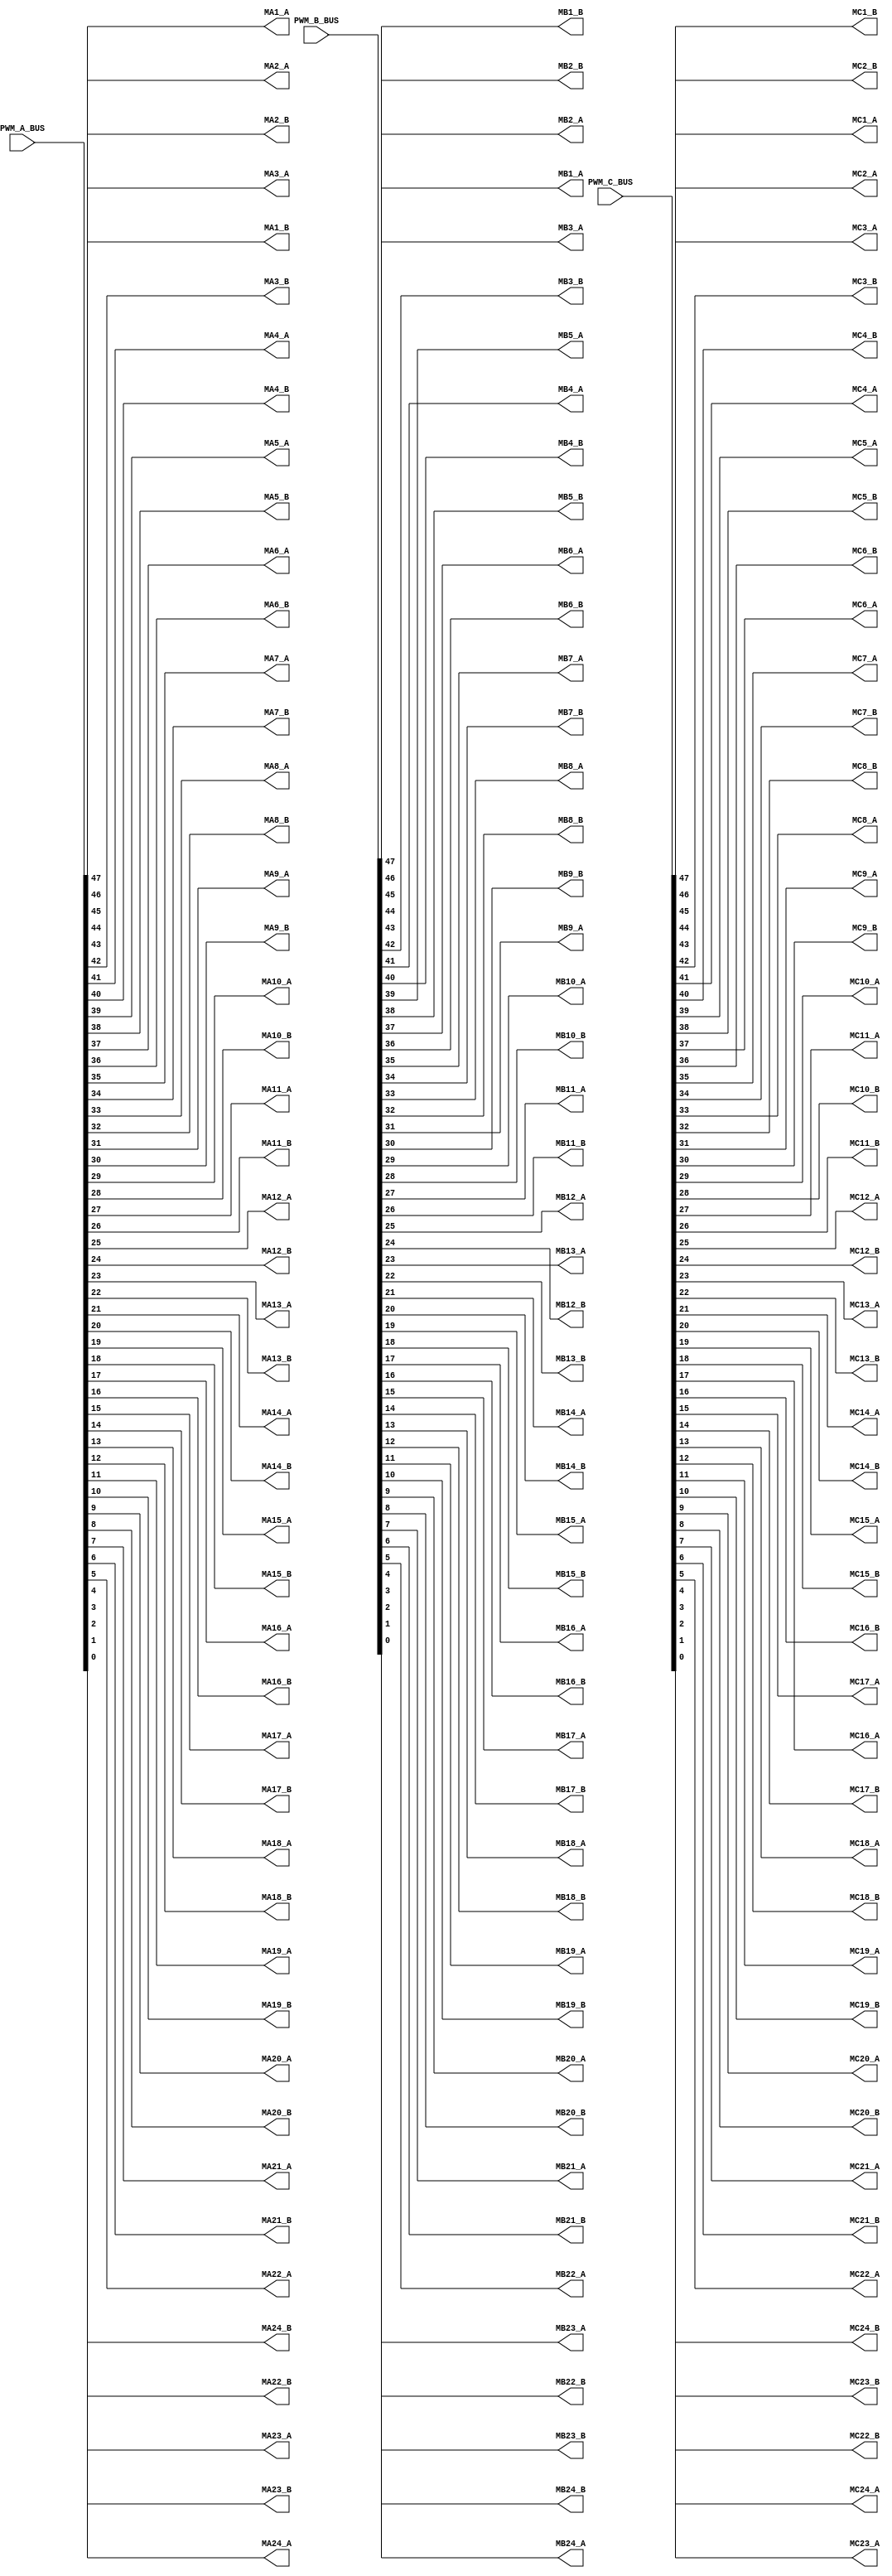
`timescale 1ns / 1ps
//////////////////////////////////////////////////////////////////////////////////
// Company: CEPRI
// 
// Design Name: 
// Module Name:    PWM_BUS_Conv 
// Project Name: 
// Target Devices: 
// Tool versions: 
// Description: 
//
// Dependencies: 
//
// Revision: 
// Revision 0.01 - File Created
// Additional Comments: 
//
//////////////////////////////////////////////////////////////////////////////////
module PWM_BUS_Conv(
                    input [47:0] PWM_A_BUS,PWM_B_BUS,PWM_C_BUS,
						  output       MA1_A,MA1_B,MA2_A,MA2_B,MA3_A,MA3_B,MA4_A,MA4_B,MA5_A,MA5_B,MA6_A,
											MA6_B,MA7_A,MA7_B,MA8_A,MA8_B,MA9_A,MA9_B,MA10_A,MA10_B,MA11_A,
											MA11_B,MA12_A,MA12_B,MA13_A,MA13_B,MA14_A,MA14_B,MA15_A,MA15_B,
											MA16_A,MA16_B,MA17_A,MA17_B,MA18_A,MA18_B,MA19_A,MA19_B,MA20_A,
											MA20_B,MA21_A,MA21_B,MA22_A,MA22_B,MA23_A,MA23_B,MA24_A,MA24_B,
											MB1_A,MB1_B,MB2_A,MB2_B,MB3_A,MB3_B,MB4_A,MB4_B,MB5_A,MB5_B,MB6_A,
											MB6_B,MB7_A,MB7_B,MB8_A,MB8_B,MB9_A,MB9_B,MB10_A,MB10_B,MB11_A,
											MB11_B,MB12_A,MB12_B,MB13_A,MB13_B,MB14_A,MB14_B,MB15_A,MB15_B,
											MB16_A,MB16_B,MB17_A,MB17_B,MB18_A,MB18_B,MB19_A,MB19_B,MB20_A,
											MB20_B,MB21_A,MB21_B,MB22_A,MB22_B,MB23_A,MB23_B,MB24_A,MB24_B,								
											MC1_A,MC1_B,MC2_A,MC2_B,MC3_A,MC3_B,MC4_A,MC4_B,MC5_A,MC5_B,MC6_A,
											MC6_B,MC7_A,MC7_B,MC8_A,MC8_B,MC9_A,MC9_B,MC10_A,MC10_B,MC11_A,
											MC11_B,MC12_A,MC12_B,MC13_A,MC13_B,MC14_A,MC14_B,MC15_A,MC15_B,
											MC16_A,MC16_B,MC17_A,MC17_B,MC18_A,MC18_B,MC19_A,MC19_B,MC20_A,
											MC20_B,MC21_A,MC21_B,MC22_A,MC22_B,MC23_A,MC23_B,MC24_A,MC24_B
    );

assign MA1_A  = PWM_A_BUS[47];
assign MA1_B  = PWM_A_BUS[46];
assign MA2_A  = PWM_A_BUS[45];
assign MA2_B  = PWM_A_BUS[44];
assign MA3_A  = PWM_A_BUS[43];
assign MA3_B  = PWM_A_BUS[42];
assign MA4_A  = PWM_A_BUS[41];
assign MA4_B  = PWM_A_BUS[40];
assign MA5_A  = PWM_A_BUS[39];
assign MA5_B  = PWM_A_BUS[38];
assign MA6_A  = PWM_A_BUS[37];
assign MA6_B  = PWM_A_BUS[36];
assign MA7_A  = PWM_A_BUS[35];
assign MA7_B  = PWM_A_BUS[34];
assign MA8_A  = PWM_A_BUS[33];
assign MA8_B  = PWM_A_BUS[32];
assign MA9_A  = PWM_A_BUS[31];
assign MA9_B  = PWM_A_BUS[30];
assign MA10_A  = PWM_A_BUS[29];
assign MA10_B  = PWM_A_BUS[28];
assign MA11_A  = PWM_A_BUS[27];
assign MA11_B  = PWM_A_BUS[26];
assign MA12_A  = PWM_A_BUS[25];
assign MA12_B  = PWM_A_BUS[24];
assign MA13_A  = PWM_A_BUS[23];
assign MA13_B  = PWM_A_BUS[22];
assign MA14_A  = PWM_A_BUS[21];
assign MA14_B  = PWM_A_BUS[20];
assign MA15_A  = PWM_A_BUS[19];
assign MA15_B  = PWM_A_BUS[18];
assign MA16_A  = PWM_A_BUS[17];
assign MA16_B  = PWM_A_BUS[16];
assign MA17_A  = PWM_A_BUS[15];
assign MA17_B  = PWM_A_BUS[14];
assign MA18_A  = PWM_A_BUS[13];
assign MA18_B  = PWM_A_BUS[12];
assign MA19_A  = PWM_A_BUS[11];
assign MA19_B  = PWM_A_BUS[10];
assign MA20_A  = PWM_A_BUS[9];
assign MA20_B  = PWM_A_BUS[8];
assign MA21_A  = PWM_A_BUS[7];
assign MA21_B  = PWM_A_BUS[6];
assign MA22_A  = PWM_A_BUS[5];
assign MA22_B  = PWM_A_BUS[4];
assign MA23_A  = PWM_A_BUS[3];
assign MA23_B  = PWM_A_BUS[2];
assign MA24_A  = PWM_A_BUS[1];
assign MA24_B  = PWM_A_BUS[0];

assign MB1_A  = PWM_B_BUS[47];
assign MB1_B  = PWM_B_BUS[46];
assign MB2_A  = PWM_B_BUS[45];
assign MB2_B  = PWM_B_BUS[44];
assign MB3_A  = PWM_B_BUS[43];
assign MB3_B  = PWM_B_BUS[42];
assign MB4_A  = PWM_B_BUS[41];
assign MB4_B  = PWM_B_BUS[40];
assign MB5_A  = PWM_B_BUS[39];
assign MB5_B  = PWM_B_BUS[38];
assign MB6_A  = PWM_B_BUS[37];
assign MB6_B  = PWM_B_BUS[36];
assign MB7_A  = PWM_B_BUS[35];
assign MB7_B  = PWM_B_BUS[34];
assign MB8_A  = PWM_B_BUS[33];
assign MB8_B  = PWM_B_BUS[32];
assign MB9_A  = PWM_B_BUS[31];
assign MB9_B  = PWM_B_BUS[30];
assign MB10_A  = PWM_B_BUS[29];
assign MB10_B  = PWM_B_BUS[28];
assign MB11_A  = PWM_B_BUS[27];
assign MB11_B  = PWM_B_BUS[26];
assign MB12_A  = PWM_B_BUS[25];
assign MB12_B  = PWM_B_BUS[24];
assign MB13_A  = PWM_B_BUS[23];
assign MB13_B  = PWM_B_BUS[22];
assign MB14_A  = PWM_B_BUS[21];
assign MB14_B  = PWM_B_BUS[20];
assign MB15_A  = PWM_B_BUS[19];
assign MB15_B  = PWM_B_BUS[18];
assign MB16_A  = PWM_B_BUS[17];
assign MB16_B  = PWM_B_BUS[16];
assign MB17_A  = PWM_B_BUS[15];
assign MB17_B  = PWM_B_BUS[14];
assign MB18_A  = PWM_B_BUS[13];
assign MB18_B  = PWM_B_BUS[12];
assign MB19_A  = PWM_B_BUS[11];
assign MB19_B  = PWM_B_BUS[10];
assign MB20_A  = PWM_B_BUS[9];
assign MB20_B  = PWM_B_BUS[8];
assign MB21_A  = PWM_B_BUS[7];
assign MB21_B  = PWM_B_BUS[6];
assign MB22_A  = PWM_B_BUS[5];
assign MB22_B  = PWM_B_BUS[4];
assign MB23_A  = PWM_B_BUS[3];
assign MB23_B  = PWM_B_BUS[2];
assign MB24_A  = PWM_B_BUS[1];
assign MB24_B  = PWM_B_BUS[0];

assign MC1_A  = PWM_C_BUS[47];
assign MC1_B  = PWM_C_BUS[46];
assign MC2_A  = PWM_C_BUS[45];
assign MC2_B  = PWM_C_BUS[44];
assign MC3_A  = PWM_C_BUS[43];
assign MC3_B  = PWM_C_BUS[42];
assign MC4_A  = PWM_C_BUS[41];
assign MC4_B  = PWM_C_BUS[40];
assign MC5_A  = PWM_C_BUS[39];
assign MC5_B  = PWM_C_BUS[38];
assign MC6_A  = PWM_C_BUS[37];
assign MC6_B  = PWM_C_BUS[36];
assign MC7_A  = PWM_C_BUS[35];
assign MC7_B  = PWM_C_BUS[34];
assign MC8_A  = PWM_C_BUS[33];
assign MC8_B  = PWM_C_BUS[32];
assign MC9_A  = PWM_C_BUS[31];
assign MC9_B  = PWM_C_BUS[30];
assign MC10_A  = PWM_C_BUS[29];
assign MC10_B  = PWM_C_BUS[28];
assign MC11_A  = PWM_C_BUS[27];
assign MC11_B  = PWM_C_BUS[26];
assign MC12_A  = PWM_C_BUS[25];
assign MC12_B  = PWM_C_BUS[24];
assign MC13_A  = PWM_C_BUS[23];
assign MC13_B  = PWM_C_BUS[22];
assign MC14_A  = PWM_C_BUS[21];
assign MC14_B  = PWM_C_BUS[20];
assign MC15_A  = PWM_C_BUS[19];
assign MC15_B  = PWM_C_BUS[18];
assign MC16_A  = PWM_C_BUS[17];
assign MC16_B  = PWM_C_BUS[16];
assign MC17_A  = PWM_C_BUS[15];
assign MC17_B  = PWM_C_BUS[14];
assign MC18_A  = PWM_C_BUS[13];
assign MC18_B  = PWM_C_BUS[12];
assign MC19_A  = PWM_C_BUS[11];
assign MC19_B  = PWM_C_BUS[10];
assign MC20_A  = PWM_C_BUS[9];
assign MC20_B  = PWM_C_BUS[8];
assign MC21_A  = PWM_C_BUS[7];
assign MC21_B  = PWM_C_BUS[6];
assign MC22_A  = PWM_C_BUS[5];
assign MC22_B  = PWM_C_BUS[4];
assign MC23_A  = PWM_C_BUS[3];
assign MC23_B  = PWM_C_BUS[2];
assign MC24_A  = PWM_C_BUS[1];
assign MC24_B  = PWM_C_BUS[0];
endmodule